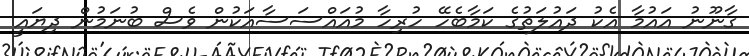
ގާނޫނު އައުމާ އެކު ދައުލަތުގެ ކަމާބެހޭ ހުރިހާ މުއައްސަސާއަކުން ވެސް ބުނަމުން ދިޔައީ